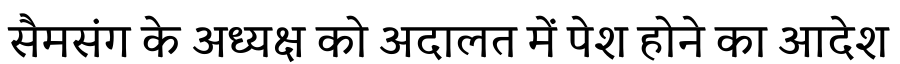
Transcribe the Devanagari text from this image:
सैमसंग के अध्यक्ष को अदालत में पेश होने का आदेश